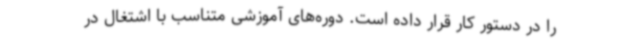
را در دستور کار قرار داده است. دوره‌های آموزشی متناسب با اشتغال در